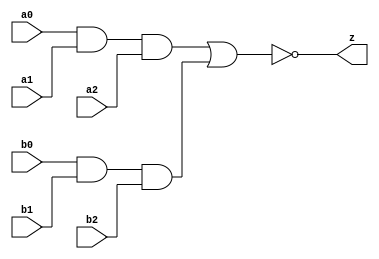
// This program was cloned from: https://github.com/aolofsson/oh
// License: MIT License

//#############################################################################
//# Function: And-Or-Inverter (aoi33) Gate                                    #
//# Copyright: OH Project Authors. ALl rights Reserved.                       #
//# License:  MIT (see LICENSE file in OH repository)                         # 
//#############################################################################

module oh_aoi33 #(parameter DW = 1 ) // array width
   (
    input [DW-1:0]  a0,
    input [DW-1:0]  a1,
    input [DW-1:0]  a2,
    input [DW-1:0]  b0,
    input [DW-1:0]  b1,
    input [DW-1:0]  b2, 
    output [DW-1:0] z
    );
   
   assign z = ~((a0 & a1 & a2) | (b0 & b1 & b2));
   
endmodule